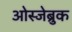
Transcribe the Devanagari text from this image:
ओस्जेब्रुक